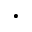
\cdot